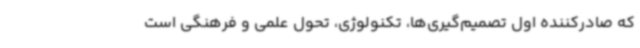
که صادرکننده اول تصمیم‌گیری‌ها، تکنولوژی،‌ تحول علمی و فرهنگی است